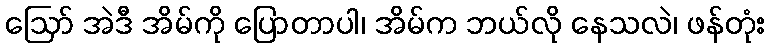
ဩော် အဲဒီ အိမ်ကို ပြောတာပါ၊ အိမ်က ဘယ်လို နေသလဲ၊ ဖန်တုံး